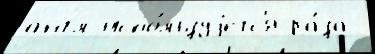
англ испо́льзуjетс'я ра́за